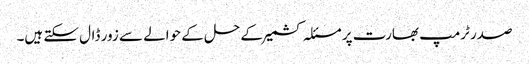
صدر ٹرمپ بھارت پر مسئلہ کشمیر کے حل کے حوالے سے زور ڈال سکتے ہیں۔